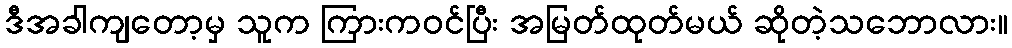
ဒီအခါကျတော့မှ သူက ကြားကဝင်ပြီး အမြတ်ထုတ်မယ် ဆိုတဲ့သဘောလား။